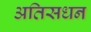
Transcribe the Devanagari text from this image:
अतिसधन